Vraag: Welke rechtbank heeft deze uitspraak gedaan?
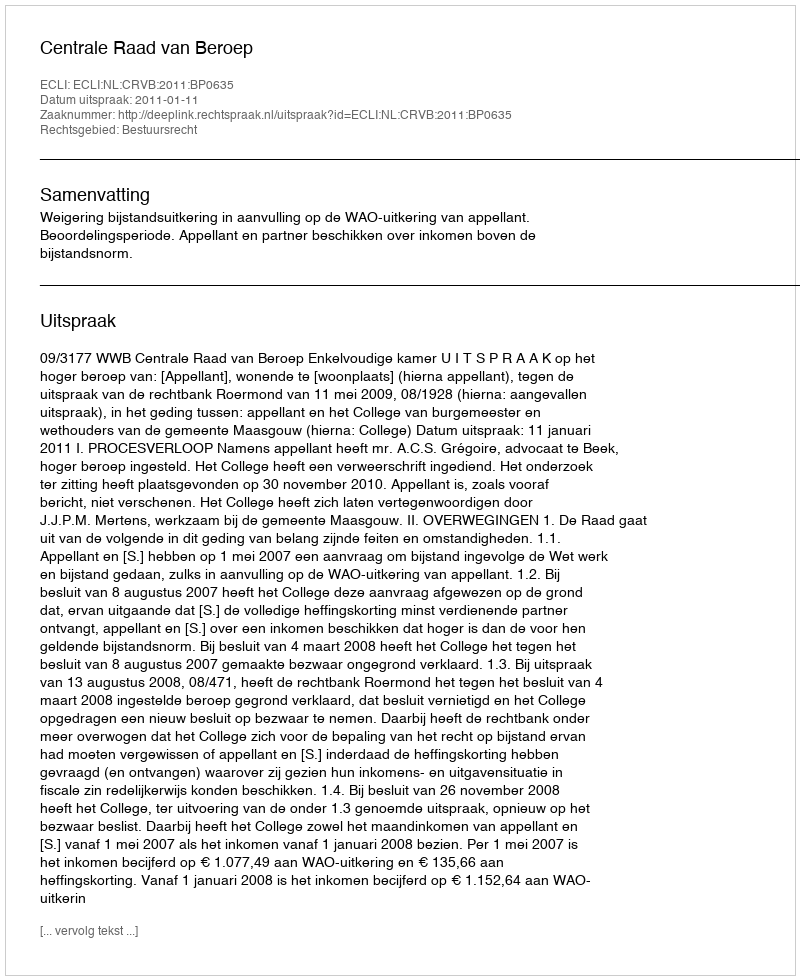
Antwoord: Centrale Raad van Beroep